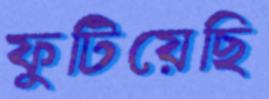
ফুটিয়েছি